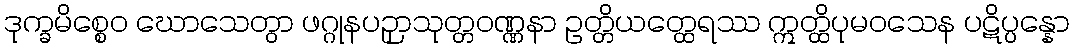
ဒုက္ခမိစ္စေဝ ဃောသေတွာ ဖဂ္ဂုနပဉှာသုတ္တဝဏ္ဏနာ ဥတ္တိယတ္ထေရဿ ဣတ္ထိပုမဝသေန ပဋိပ္ပန္နော